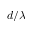
d / \lambda